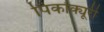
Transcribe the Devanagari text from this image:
पिकोक्यूरी